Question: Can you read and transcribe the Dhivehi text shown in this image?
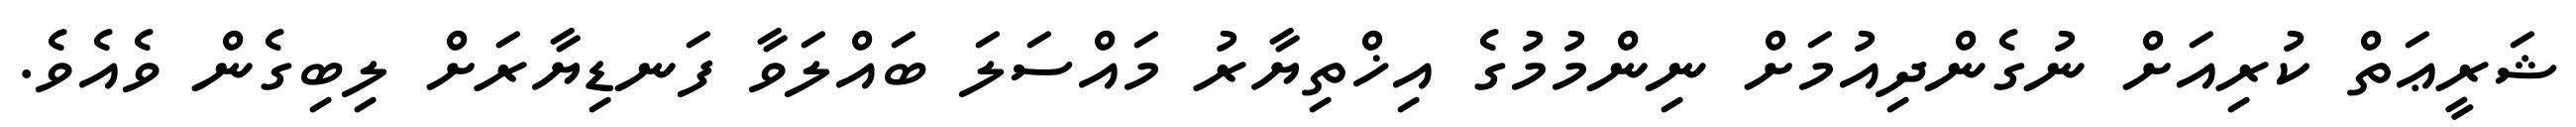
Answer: ޝަރީޢަތް ކުރިއަށް ނުގެންދިއުމަށް ނިންމުމުގެ އިޚްތިޔާރު މައްސަލަ ބައްލަވާ ފަނޑިޔާރަށް ލިބިގެން ވެއެވެ.